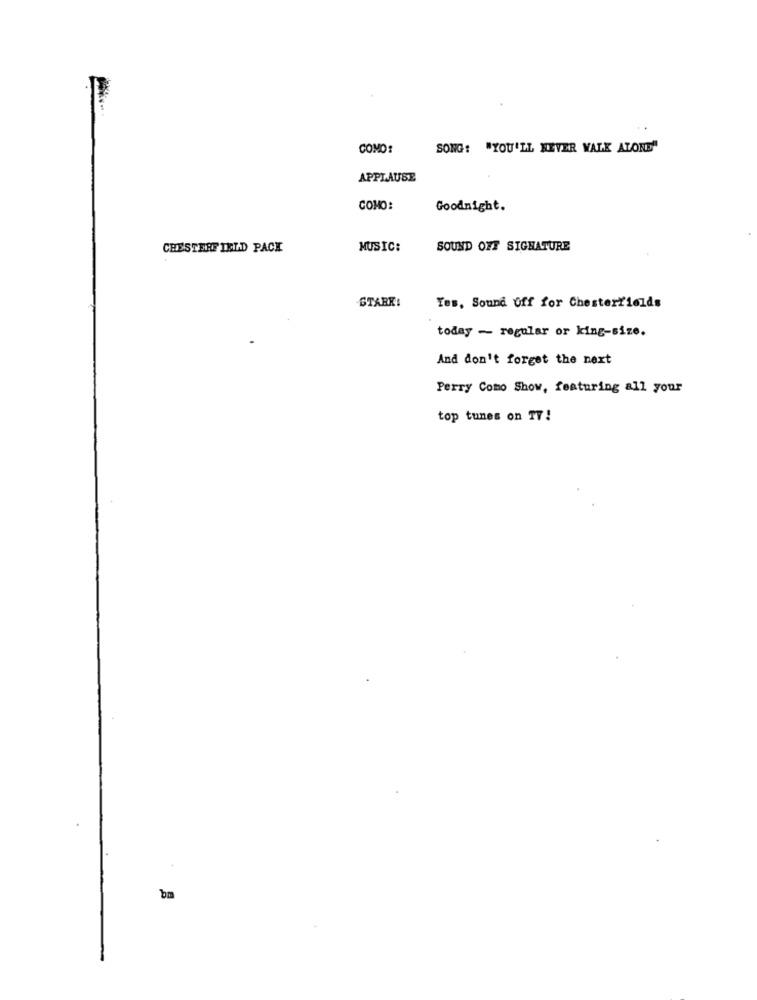
COMO:
SONG: "YOU'LL NEVER WALK ALONE"
APPLAUSE
COMO:
Goodnight.
CHESTERFIELD PACK
MUSIC:
SOUND OFF SIGNATURE
STARK:
Tes, Sound Off for Chesterfields
today - regular or king-size.
And don't forget the next
Perry Como Show, featuring all your
top tunes on TV !
bm